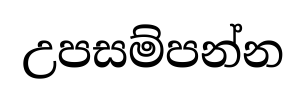
උපසම්පන්න